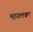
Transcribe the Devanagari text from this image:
भागलकर